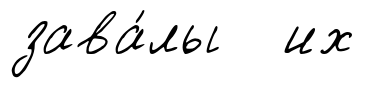
зава́лы их